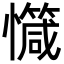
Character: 𢤝